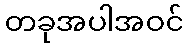
တခုအပါအဝင်